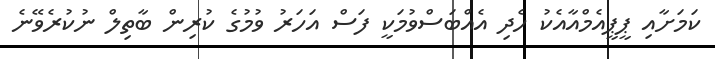
ކަމަށާއި ޕީޕީއެމްއާއެކު ހެދި އެއްބަސްވުމަކީ ފަސް އަހަރު ވުމުގެ ކުރިން ބާތިލް ނުކުރެވޭނެ